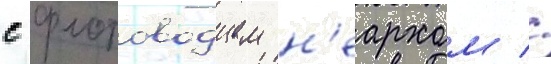
с флотоводцем н'еархом //